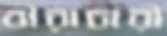
বীরাচারী